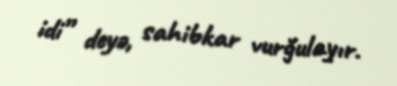
idi” deyə, sahibkar vurğulayır.